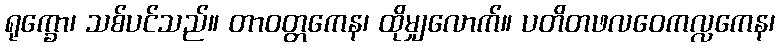
ရုက္ခော၊ သစ်ပင်သည်။ တာဝတ္တကေန၊ ထိုမျှလောက်။ ပတိတဖလဝေကလ္လကေန၊